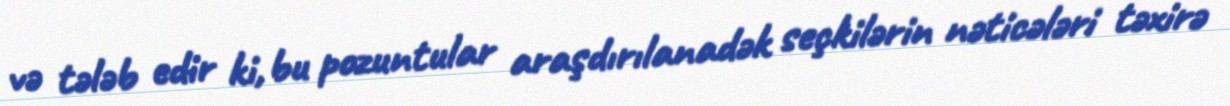
və tələb edir ki, bu pozuntular araşdırılanadək seçkilərin nəticələri təxirə